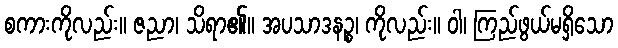
စကားကိုလည်း။ ဇညာ၊ သိရာ၏။ အပသာဒနဉ္စ၊ ကိုလည်း။ ဝါ၊ ကြည်ဖွယ်မရှိသော